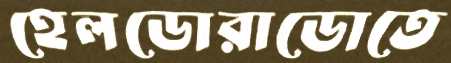
হেলডোরাডোতে